Civil Veterinary Department Bihar reports 1936-40 - 1936-1940
Year: 1936
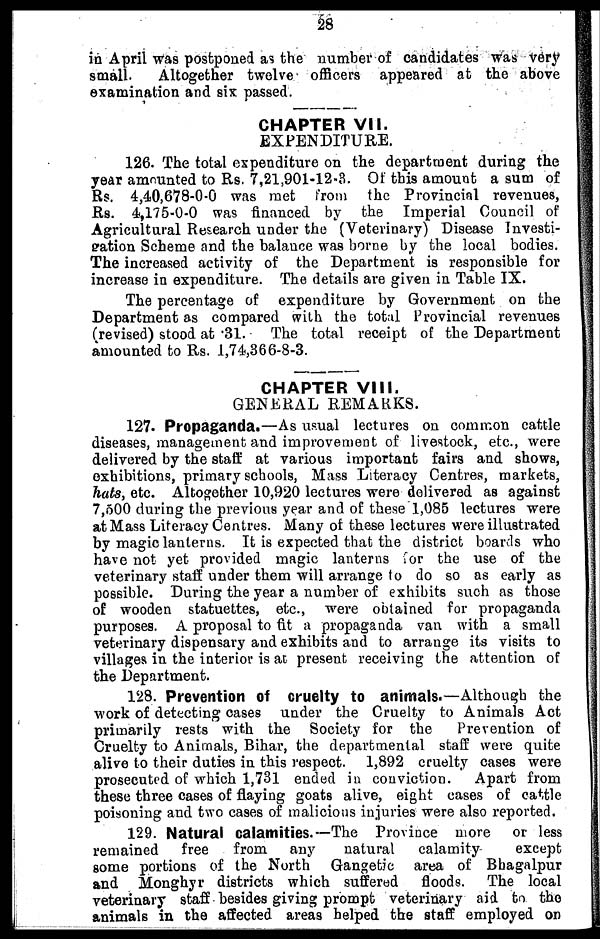
28
in April was postponed as the number of candidates was very
small.
Altogether twelve officers appeared at the above
examination and six passed.
CHAPTER VII.
EXPENDITURE.
126. The total expenditure on the department during the
year amounted to Rs. 7,21,901-12-8. Of this amount a sum of
Rs. 4,40,678-0-0 was met from the Provincial revenues,
Rs. 4,175-0-0 was financed by the Imperial Council of
Agricultural Research under the (Veterinary) Disease Investi-
gation Scheme and the balance was borne by the local bodies.
The increased activity of the Department is responsible for
increase in expenditure. The details are given in Table IX.
The percentage of expenditure by Government on the
Department as compared with the total Provincial revenues
(revised) stood at .31. The total receipt of the Department
amounted to Rs. 1,74,366-8-3.
CHAPTER VIII.
GENERAL REMARKS.
127. Propaganda.—As usual lectures on common cattle
diseases, management and improvement of livestock, etc., were
delivered by the staff at various important fairs and shows,
exhibitions, primary schools, Mass Literacy Centres, markets,
hats, etc. Altogether 10,920 lectures were delivered as against
7,500 during the previous year and of these 1,085 lectures were
at Mass Literacy Centres. Many of these lectures were illustrated
by magic lanterns. It is expected that the district boards who
have not yet provided magic lanterns for the use of the
veterinary staff under them will arrange to do so as early as
possible. During the year a number of exhibits such as those
of wooden statuettes, etc., were obtained for propaganda
purposes. A proposal to fit a propaganda van with a small
veterinary dispensary and exhibits and to arrange its visits to
villages in the interior is at present receiving the attention of
the Department.
128. Prevention of cruelty to animals.—Although the
work of detecting cases under the Cruelty to Animals Act
primarily rests with the Society for the
Prevention of
Cruelty to Animals, Bihar, the departmental staff were quite
alive to their duties in this respect. 1,892 cruelty cases were
prosecuted of which 1,731 ended in conviction.
Apart from
these three cases of flaying goats alive, eight cases of cattle
poisoning and two cases of malicious injuries were also reported.
129. Natural calamities.—The Province more or less
remained
free
from
any
natural
calamity
except
gome portions of the North Gangetic area of Bhagalpur
and Monghyr districts which suffered
floods.
The local
veterinary staff besides giving prompt veterinary aid to the
animals in the affected areas helped the staff employed on